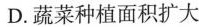
D.蔬菜种植面积扩大